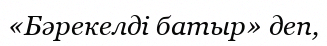
«Бәрекелді батыр» деп,